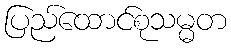
ပြည်ထောင်စုသမ္မတ